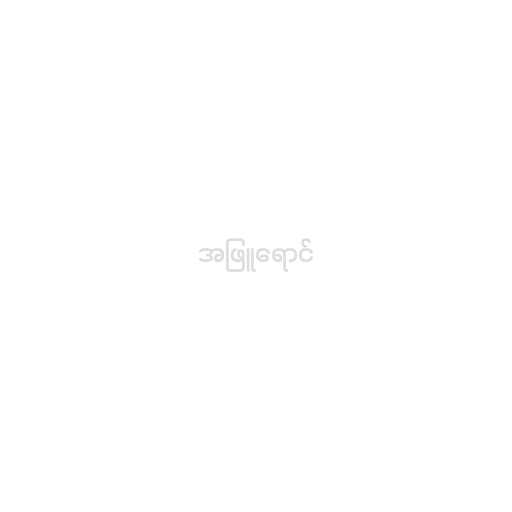
အဖြူရောင်